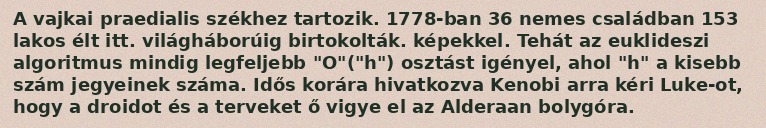
A vajkai praedialis székhez tartozik. 1778-ban 36 nemes családban 153 lakos élt itt. világháborúig birtokolták. képekkel. Tehát az euklideszi algoritmus mindig legfeljebb "O"("h") osztást igényel, ahol "h" a kisebb szám jegyeinek száma. Idős korára hivatkozva Kenobi arra kéri Luke-ot, hogy a droidot és a terveket ő vigye el az Alderaan bolygóra.